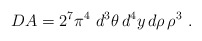
\begin{align*}DA = 2^7\pi^4~ d^3\theta\, d^4y\, d\rho\,\rho^3 ~.\end{align*}